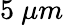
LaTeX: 5~\mu m